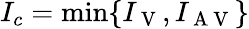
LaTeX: I_{c}=\mathrm{min}\{ I_{\mathrm{~V~}},I_{\mathrm{~A~V~}}\}